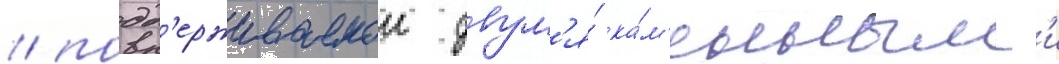
/ подд'ерживаемои двум'я́ ка́м'енным'и